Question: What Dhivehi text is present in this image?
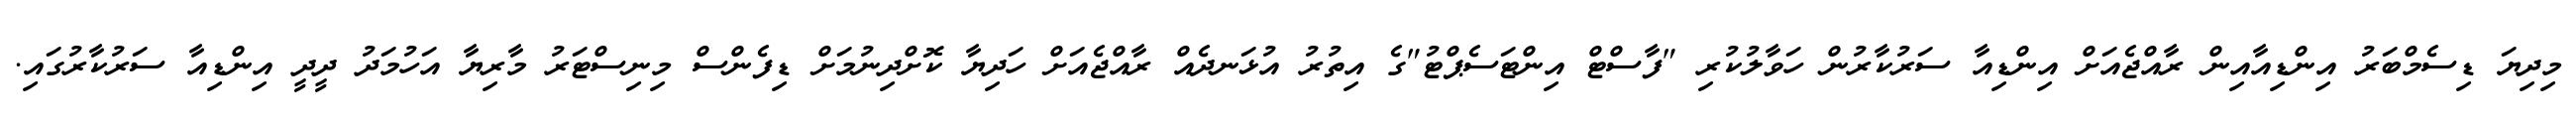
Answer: މިދިޔަ ޑިސެމްބަރު އިންޑިއާއިން ރާއްޖެއަށް އިންޑިއާ ސަރުކާރުން ހަވާލުކުރި "ފާސްޓް އިންޓަސެޕްޓު"ގެ އިތުރު އުޅަނދެއް ރާއްޖެއަށް ހަދިޔާ ކޮށްދިނުމަށް ޑިފެންސް މިނިސްޓަރު މާރިޔާ އަހުމަދު ދީދީ އިންޑިއާ ސަރުކާރުގައި.